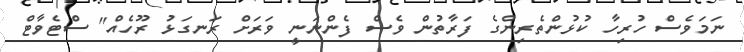
ނަމަވެސް ހުރިހާ ކުޅުންތެރިންގެ ފަރާތުން ވެސް ފެންނަނީ ވަރަށް ރަނގަޅު ރޫހެއް" ސްޓެވާޓް